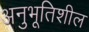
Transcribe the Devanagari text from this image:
अनुभूतिशील